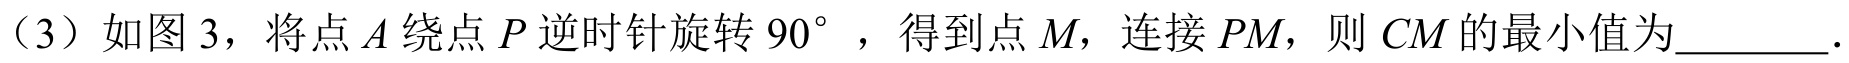
（3）如图 3，将点\(A\)绕点\(P\)逆时针旋转\(90^{\circ}\)，得到点\(M\)，连接\(PM\)，则\(CM\)的最小值为________.